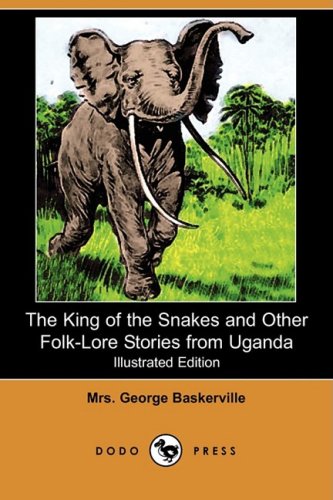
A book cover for The King of the Snakes and Other Folk-Lore Stories from Uganda (Illustrated Edition) (Dodo Press); Mrs George Baskerville; Travel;